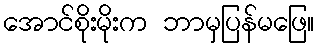
အောင်စိုးမိုးက ဘာမှပြန်မဖြေ။